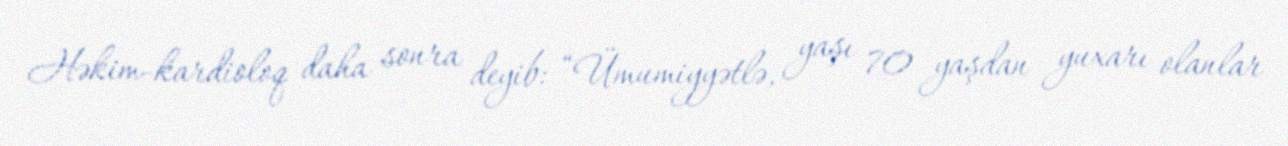
Həkim-kardioloq daha sonra deyib: “Ümumiyyətlə, yaşı 70 yaşdan yuxarı olanlar